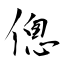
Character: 傯